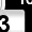
Digit: 3